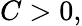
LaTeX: C>0,